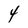
Character: 4